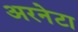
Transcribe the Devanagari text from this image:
अरनेटा